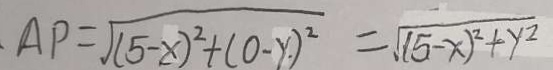
A P = \sqrt { ( 5 - x ) ^ { 2 } + ( 0 - y ) ^ { 2 } } = \sqrt { ( 5 - x ) ^ { 2 } + y ^ { 2 } }